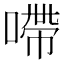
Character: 㗣